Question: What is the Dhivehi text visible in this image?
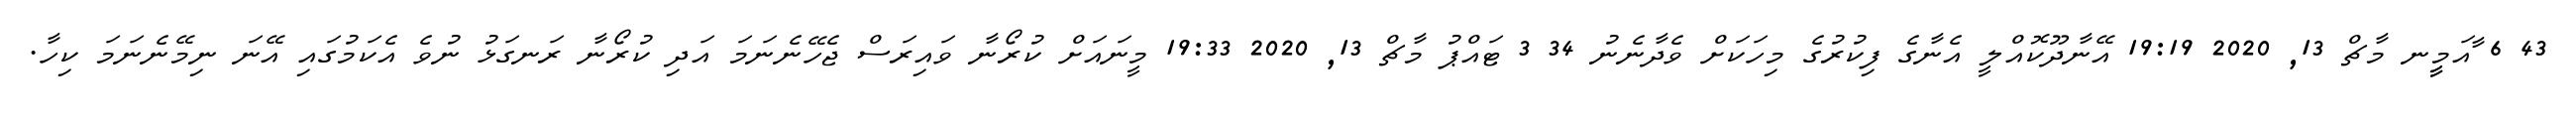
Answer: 43 6 ާއަމީީނ މާޗް 13, 2020 19:19 އޭނާދޫކޮއްލީ އެނާގެ ފިކުރުގެ މިހަކަށް ވެދާނެނު 34 3 ޓައްޕު މާޗް 13, 2020 19:33 މީނައަށް ކުރޯނާ ވައިރަސް ޖެހޭނެނަމަ އަދި ކުރޯނާ ރަނގަޅު ނުވެ އެކަމުގައި އޭނަ ނިމޭނެނަމަ ކިހާ.